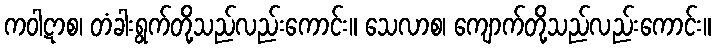
ကဝါဋာစ၊ တံခါးရွက်တို့သည်လည်းကောင်း။ သေလာစ၊ ကျောက်တို့သည်လည်းကောင်း။